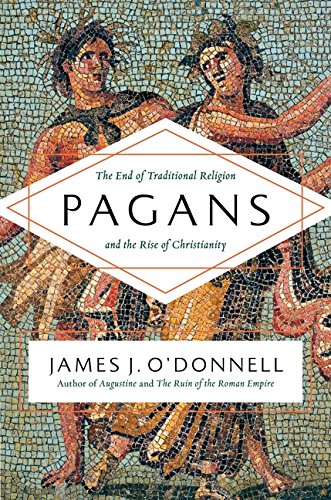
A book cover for Pagans: The End of Traditional Religion and the Rise of Christianity; James J. O'Donnell; History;